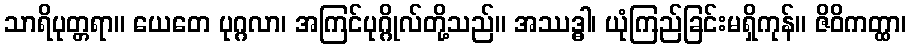
သာရိပုတ္တရာ။ ယေတေ ပုဂ္ဂလာ၊ အကြင်ပုဂ္ဂိုလ်တို့သည်။ အဿဒ္ဓါ၊ ယုံကြည်ခြင်းမရှိကုန်။ ဇိဝိကတ္ထာ၊